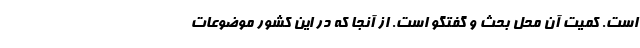
است. کمیت آن محل بحث و گفتگو است. از آنجا که در این کشور موضوعات